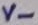
Text: V-